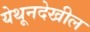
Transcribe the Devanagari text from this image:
येथूनदेखील